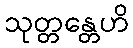
သုတ္တန္တေဟိ